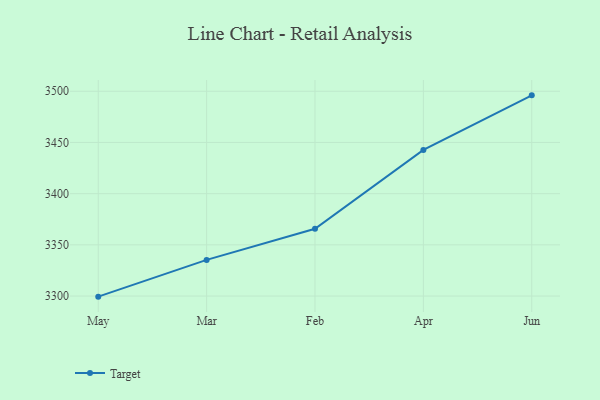
{"axis": {"x": "Month", "y": "Waste Production (Tons)"}, "legend": ["Target"], "data": [{"x": "May", "y": 3299.4, "type": "Target"}, {"x": "Mar", "y": 3335.3, "type": "Target"}, {"x": "Feb", "y": 3365.7, "type": "Target"}, {"x": "Apr", "y": 3442.7, "type": "Target"}, {"x": "Jun", "y": 3496.0, "type": "Target"}]}